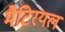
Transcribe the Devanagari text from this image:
मैटिरयल